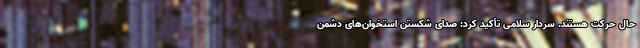
حال حرکت هستند. سردار سلامی تأکید کرد: صدای شکستن استخوان‌های دشمن